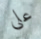
على